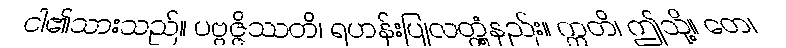
ငါ၏သားသည်။ ပဗ္ဗဇ္ဇိဿတိ၊ ရဟန်းပြုလတ္တံ့နည်း။ ဣတိ၊ ဤသို့။ တေ၊